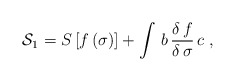
\begin{align*}{\cal S}_1 = S \, [f \, (\sigma)] + \int \, b \, \frac{\delta \, f}{\delta \,\sigma} \, c \; ,\end{align*}